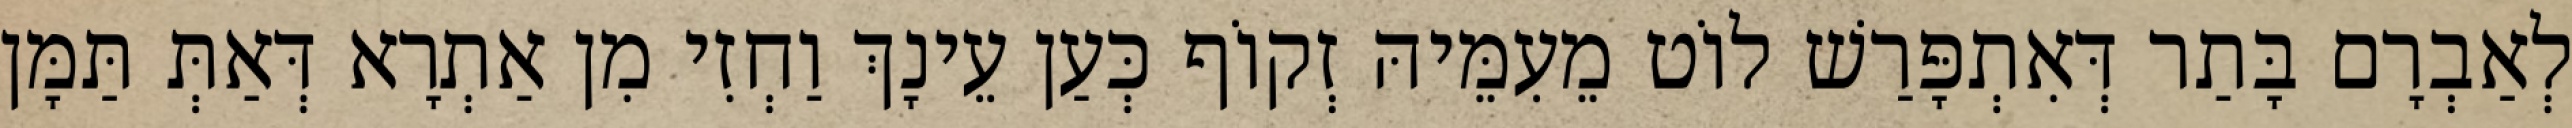
לְאַבְרָם בָּתַר דְּאִתְפָּרַשׁ לוֹט מֵעִמֵּיהּ זְקוֹף כְּעַן עֵינָךְ וַחְזִי מִן אַתְרָא דְּאַתְּ תַּמָּן